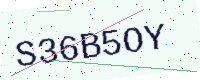
Text: S36B5OY